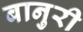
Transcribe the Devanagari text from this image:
बानुरी